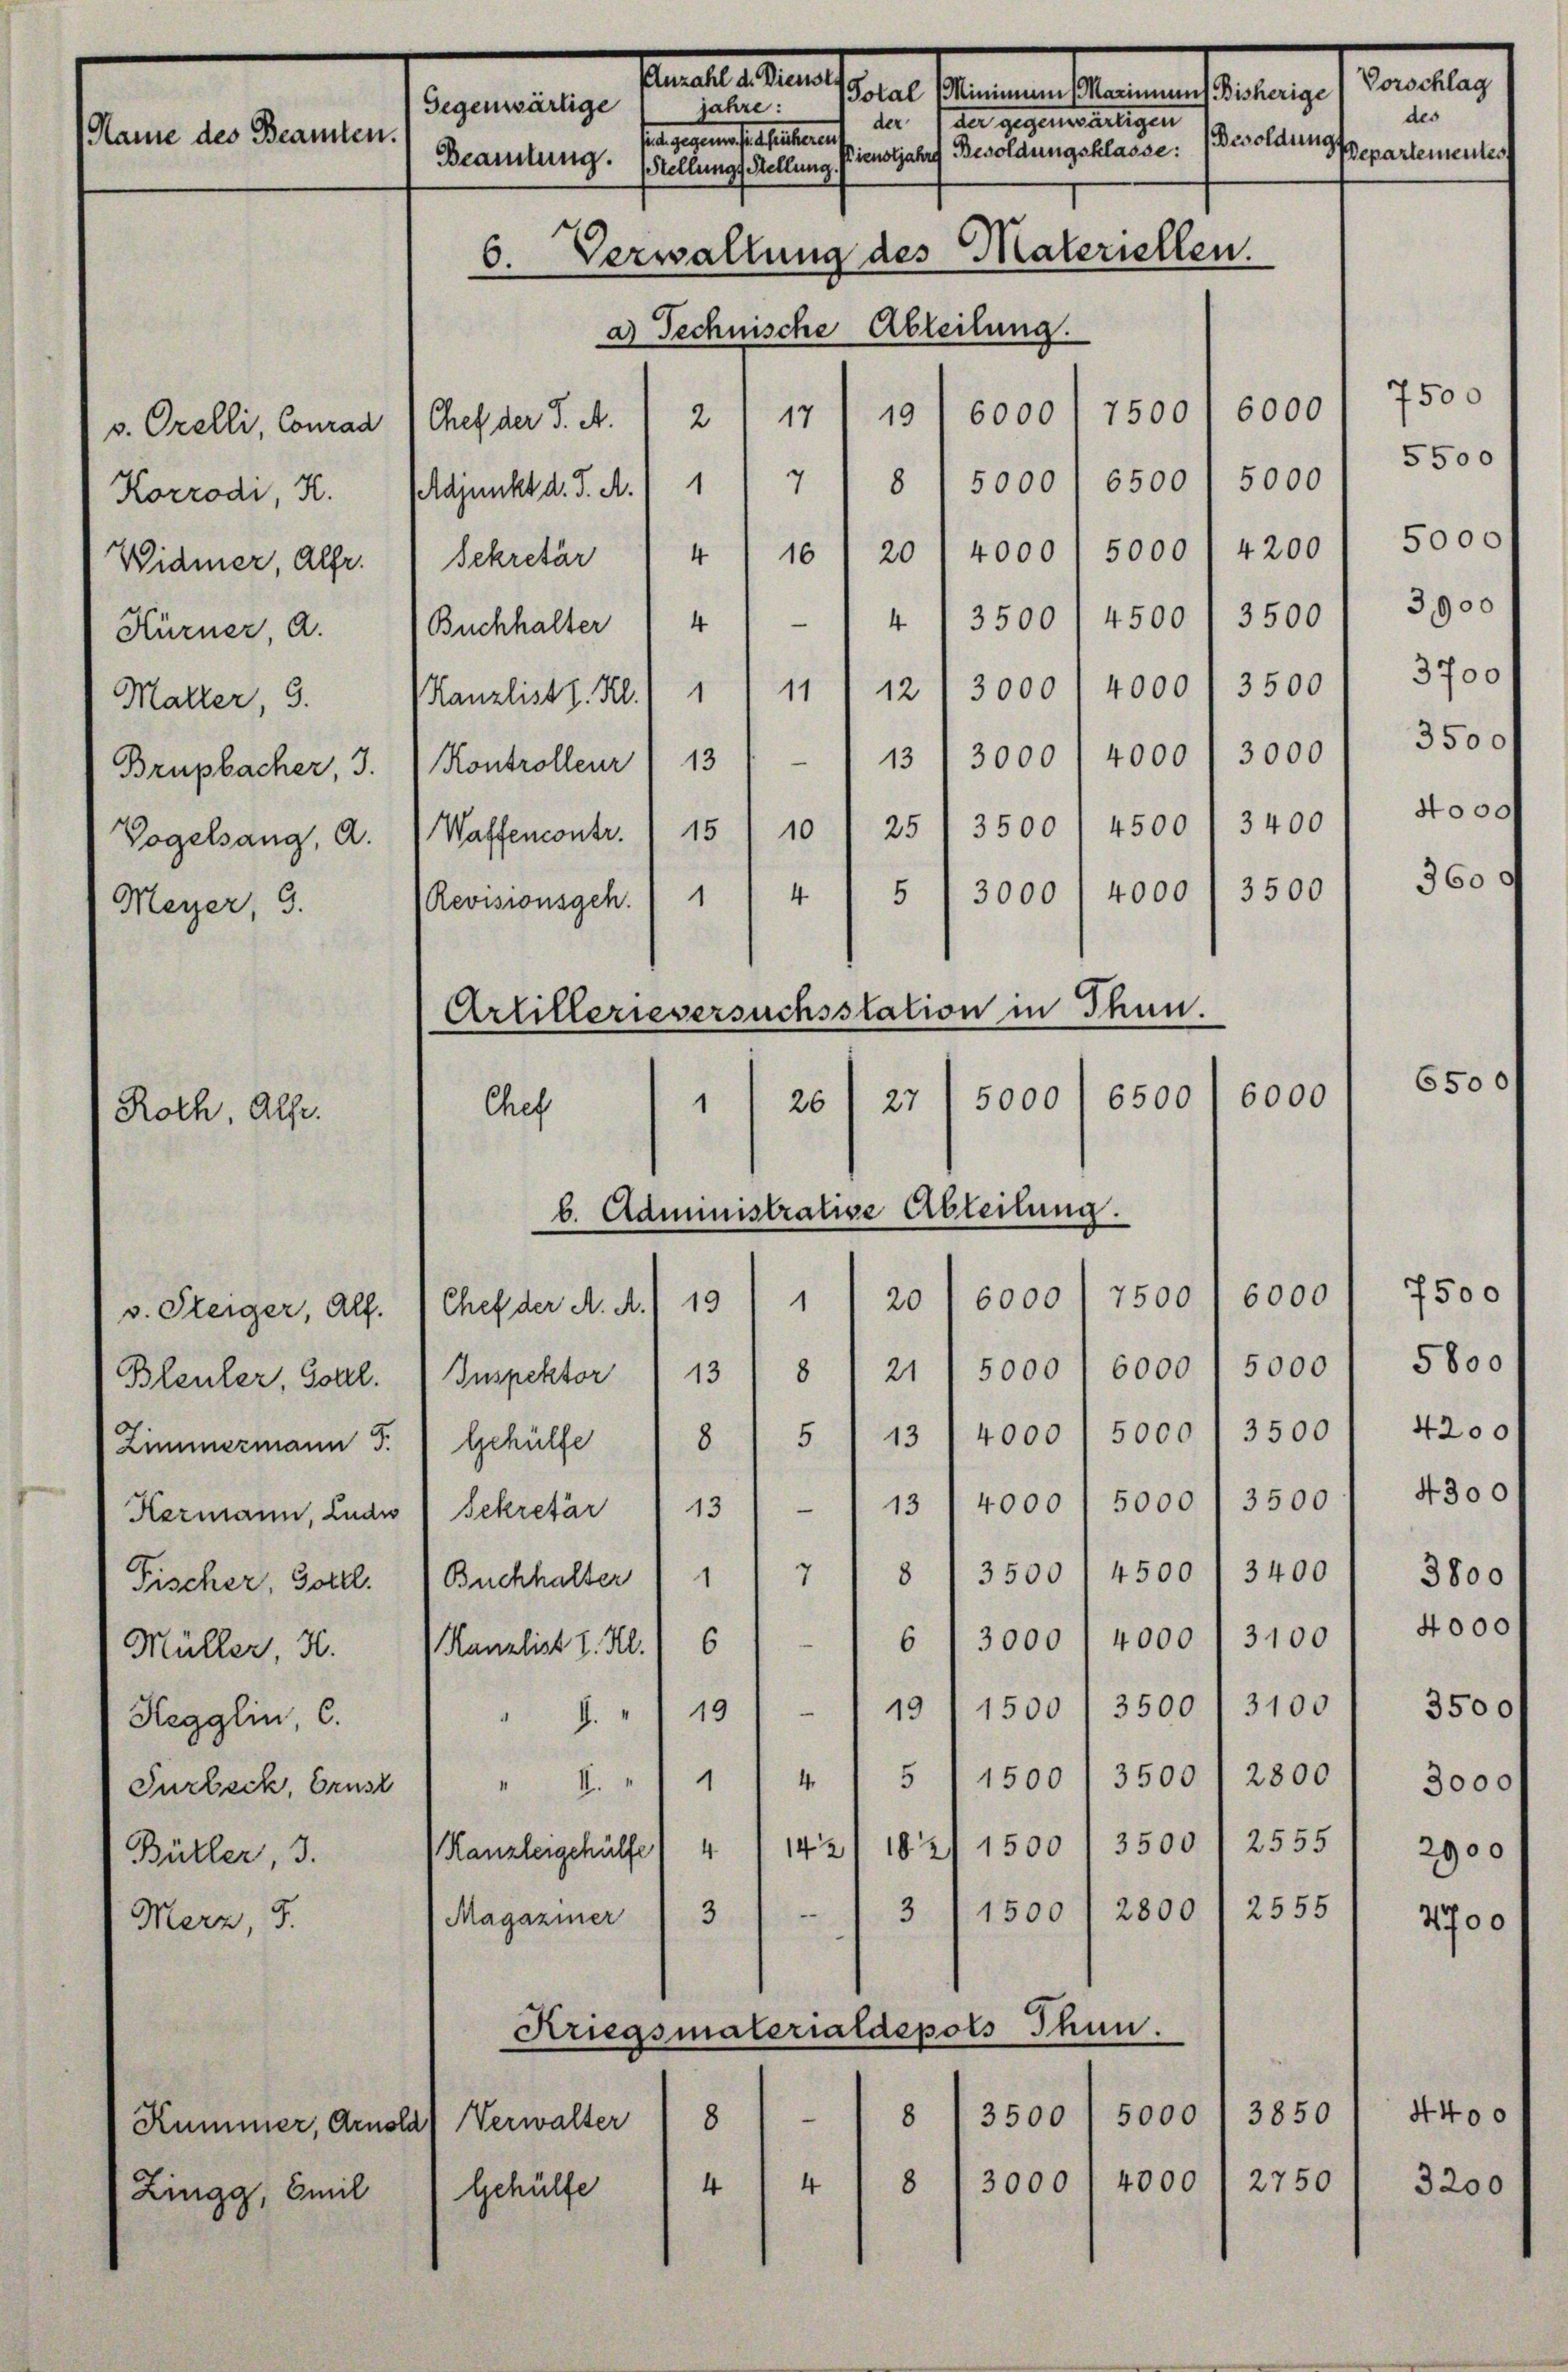
Senates Man
Name des Beamten.
6. Verwallung des Materiellen.
Abteilung.
a) Technische

Malter, 3.
Meyer, 3.

v. Orelli, Conrad
Widmer, Alfr.  Sekretär

Roth, Alfe.

v. Steiger, Alf.
Hegglin, C.
Turbeck, Brust
Bütler, 3.

Merz, 5.

6000
7500
19
6000
17
2
Chef der S. A.
Korrodi, K. Adjunkt d. J. A. 1 1/7 / 8 / 5000/ 6500 1 5000
10 / 20 1 4000 / 5000' 4200) 5000/
4
Hürner, a. 1 Buchhalter 14 " " 4 (3500/4500 1 3500
Kanzlist d. R./ 1) 111 12 13000 f 4000 f 3500
Brupbacher, 3. 1. Kontrolleur) 13 " " 13/3000 (4000 f 3000
Vogelsang, a. Waffencontr. 151 10 " 251 3500 1 4500, 3400
3500
4000
5
4
3000
1
Revisionsgeh
Artillerieversuchsstation in Thun.
6000
6500
5000
27
26
1
Chef
b. Administrative Ableitung.
7500) 6000
6000
20
1
19
Chef der A. A.
Bleuler, Gottl. 3 Inspektor 13 § 121 1 5000, 6000 1 5000
Zimmermann J. / Gehülfe / 8 / 5 " 13/4000/ 5000 f 3500
Hermann, Ludw 4 Sekretär " 131 - 113 14000/ 5000/ 3500
8 3500 I 4500 / 3400
7
Fischer, Gottl. Buchhalter 1
3000 / 4000) 3100
6
Müller, N. Kanzlist d. R./ 6)
1500 / 3500 I 3100
19
u
 8. 19
114 15) 1500 / 3500 / 2300
.
II.
Kanzleigehülfe / 41 1431 1821 1500 / 3500 / 2555
2555
3
2800
1500
3
.
Magaziner
Kriegsmalerialdepols Thun.
3850
5000
n
8
3500
8
Verwalter
4000
2750
4
3000
8
4
Zingg, Emil 1 Gehülfe

Kummer, Arnold

sen seiner den entfernen
jahre:
Gegenwärtige
de (der gegenwärtigen
fin gegen enthaltenen
Dienstjahre Besoldungsklasse:
Beamtung. Stellungs Stellung.

Vorschlag

des
Besoldung separtementes

7500
5500
3900
3700
3500 f
4000f
360 f

6500

7500
5800
4200
4300 f
3800
4000
3500
3000
2900

7700

4400
3200